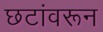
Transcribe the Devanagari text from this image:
छटांवरून